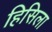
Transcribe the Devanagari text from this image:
हिसिला